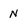
Character: n